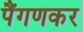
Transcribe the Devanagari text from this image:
पैंगणकर